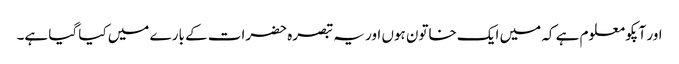
اور آپکو معلوم ہے کہ میں ایک خاتون ہوں اور یہ تبصرہ حضرات کے بارے میں کیا گیا ہے۔